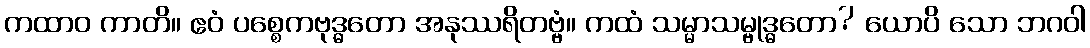
ကထာဝ ကာတိ။ ဧဝံ ပစ္စေကဗုဒ္ဓတော အနုဿရိတဗ္ဗံ။ ကထံ သမ္မာသမ္ဗုဒ္ဓတော? ယောပိ သော ဘဂဝါ